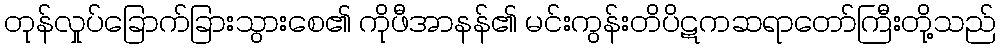
တုန်လှုပ်ခြောက်ခြားသွားစေ၏ ကိုဖီအာနန်၏ မင်းကွန်းတိပိဋကဆရာတော်ကြီးတို့သည်